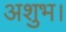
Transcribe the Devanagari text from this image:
अशुभ।